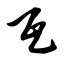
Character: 瓦